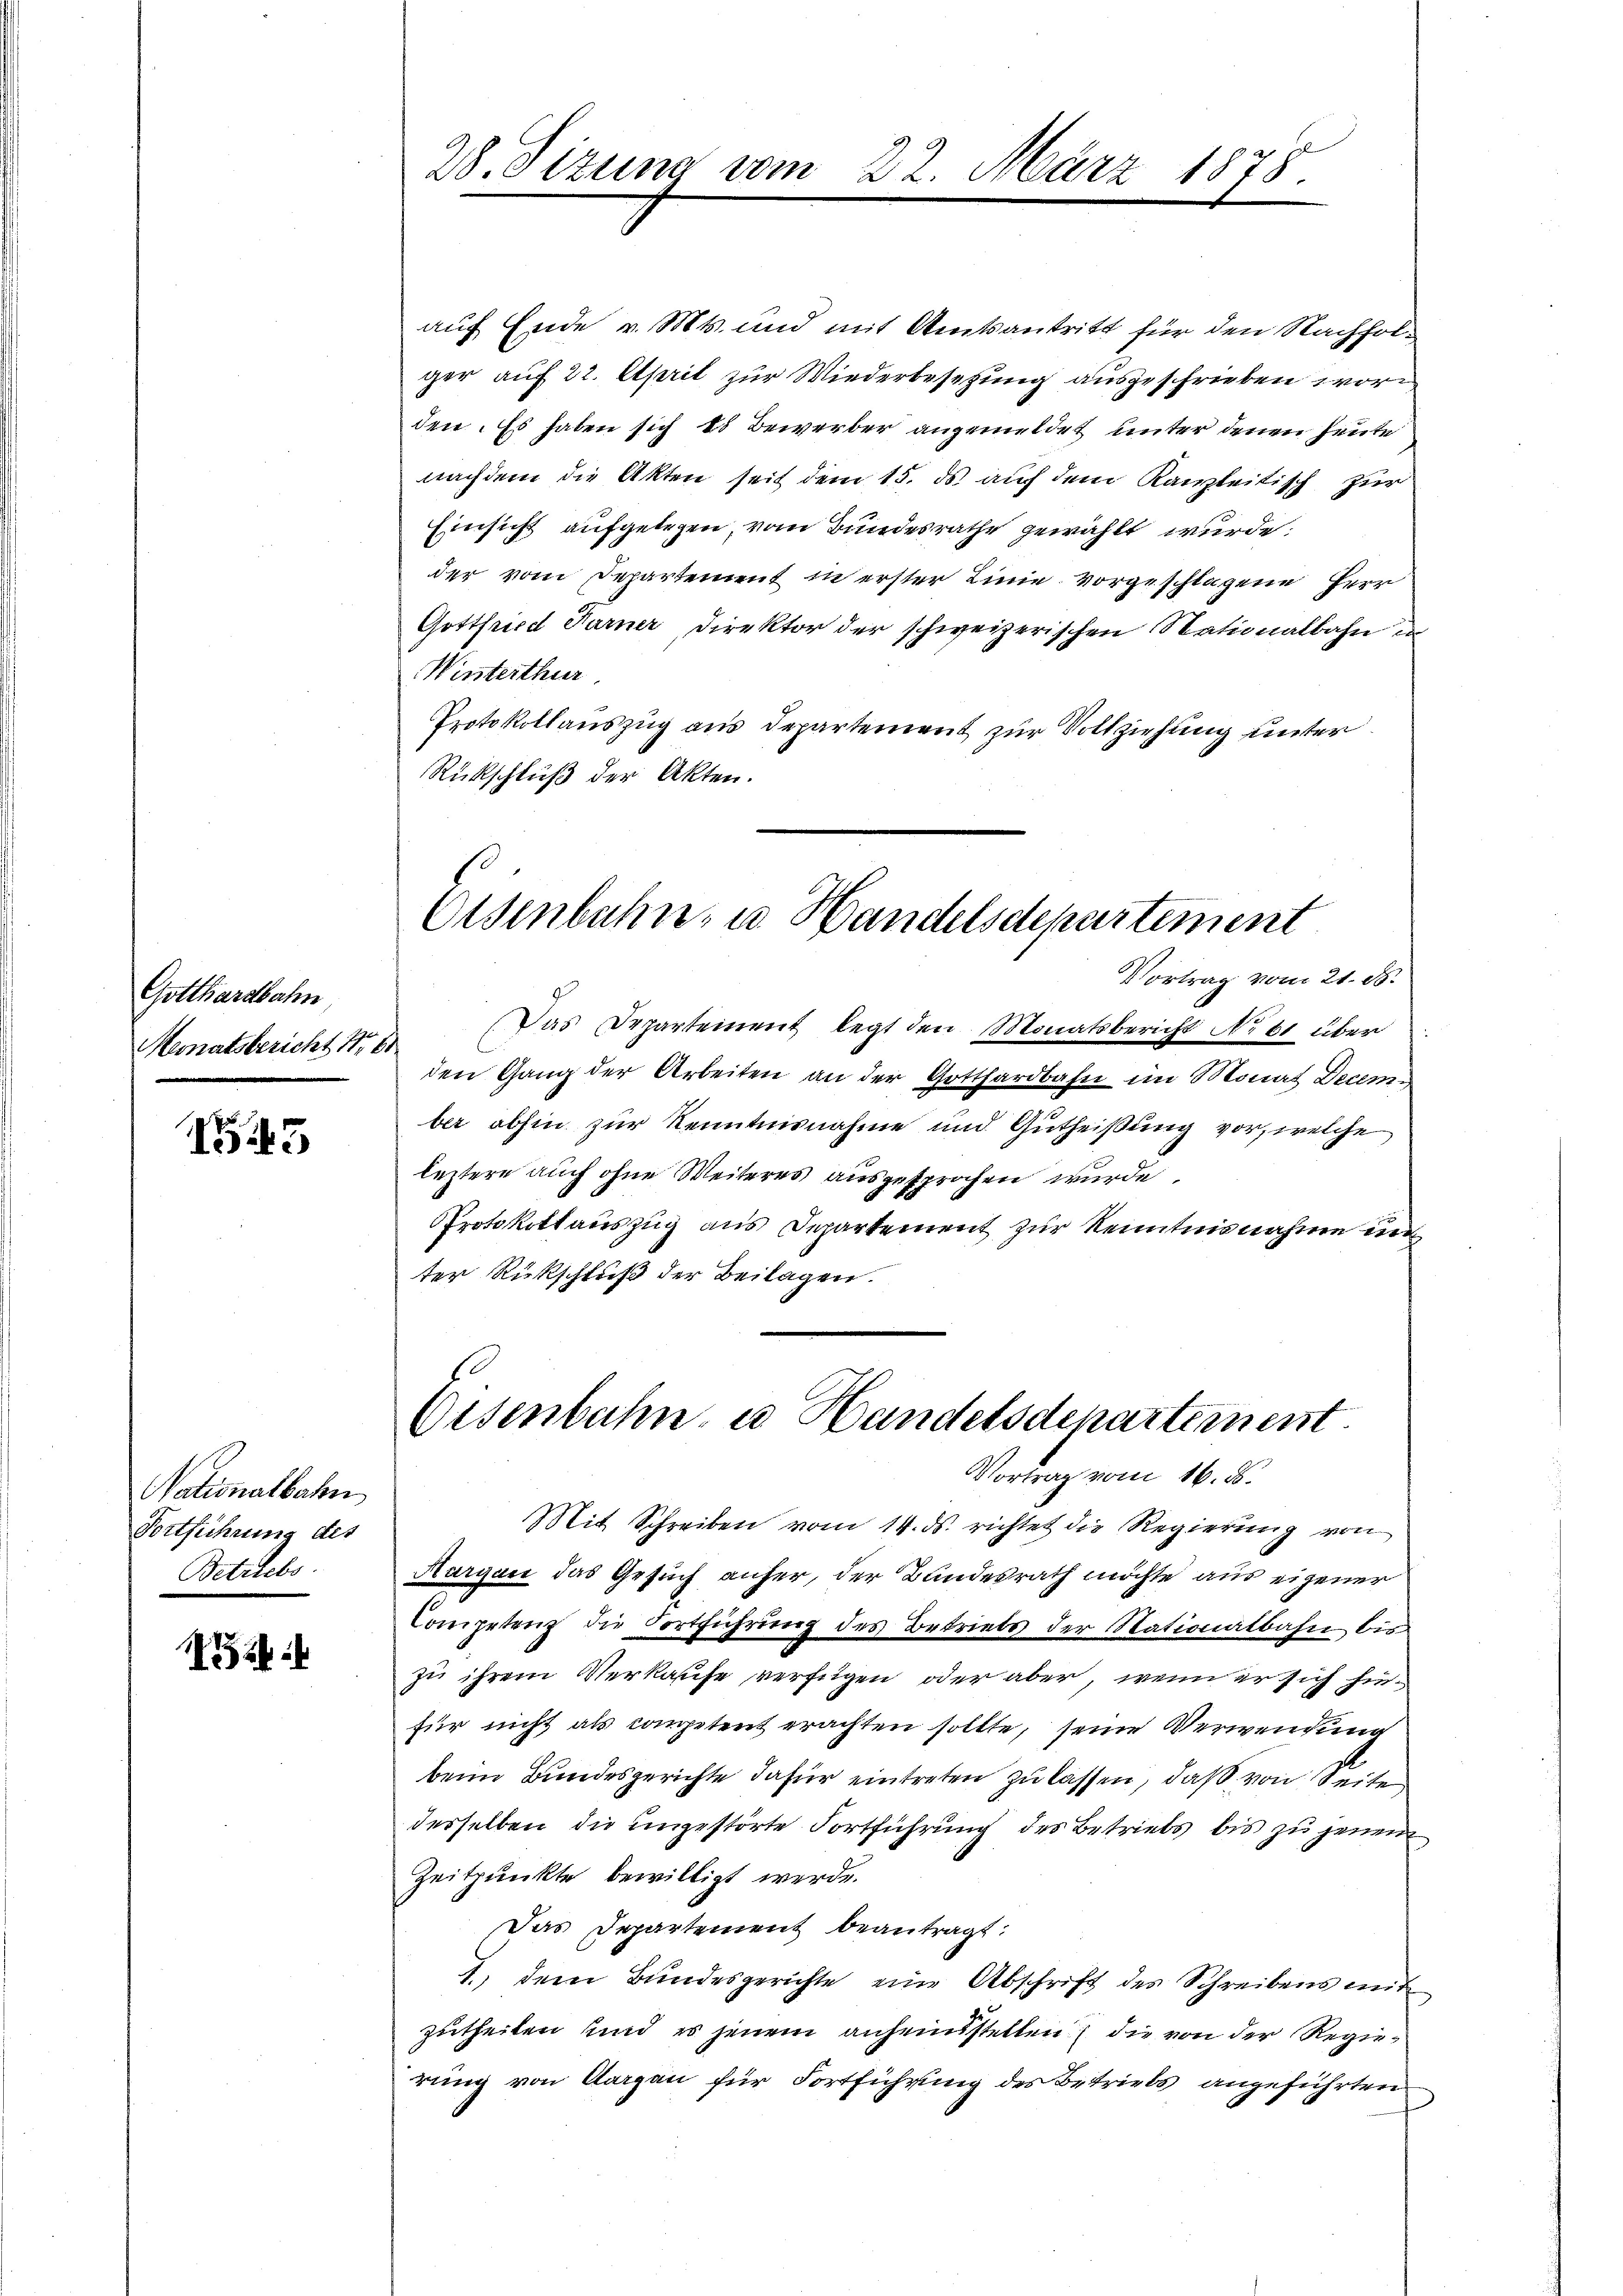
Gotthardbahn,
Monatsbericht 1 6

5

Nationalbahn
Fortführung des
Betriebs

i

28. Sizung vom

27. März 1878.

auf Ende v. Mts. und mit Amtsantritt für den Nachfolger auf 22. April zur Wiederbesetzung ausgeschrieben word
den. Es haben sich es Bewerber angemeldet unter denen Heute
nachdem die Akten seit dem 15. ds auf dem Kanzleitisch zur
Einsicht aufgelegen, vom Bundesrathe gewählt wurde.
der vom Departement in erster Linie vorgeschlagene Herr
Gottfried Farner Direktor der schweizerischen Stationalbahn u
Winterthur
Protokollauszug aus Departement zur Vollziehung unter
Rückschluß der Akten.

Eisenbahn, u. Handelsdepartement
Vortrag vom 21. ds.

Das Departement legt den Monatsbericht No 61 über
den Gang der Arbeiten an der Gotthardbahn im Monat Decem
ber abhin zur Kenntnisnahme und Gutheißung vor, welche
leztere auch ohne Weiteres ausgesprochen wurde.
Protokollaŭszŭg ans Departement zur Kenntnisnahme un
ter Rückschluß der Beilagen.

Osenbahn u Handelsdepartement
Vortrag vom 16. d.

Mit Schreiben vom 14. ds. richtet die Regierung von
Aargau das Gesuch anfer, der Bundesrath möchte aus eigener
Competenz die Fortführung des Betriebs der Nationalbahn bis
zu ihrem Verkaufe verfügen oder aber, wenn er sich hinfür nicht als competent erachten sollte, seine Verwendung
beim Bundesgerichte dafür eintreten zu lassen, daß von Seite
desselben die ungestörte Fortführung des Betriebs bis zu jenem
Zeitpunkte bewilligt werde.
Das Departement beantragt:
1., dem Bundesgerichte eine Abschrift des Schreibens mit
zutheilen sind, es jenem anheinsstellen die von der Regierung von Aargau für Fortführung des Betriebs angeführten